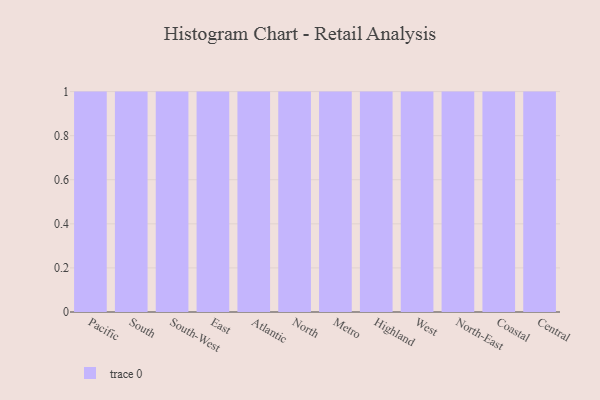
{"axis": {"x": "Region", "y": "Backlog"}, "legend": [""], "data": [{"x": "Pacific", "y": 40, "type": ""}, {"x": "South", "y": 93, "type": ""}, {"x": "South-West", "y": 36, "type": ""}, {"x": "East", "y": 1, "type": ""}, {"x": "Atlantic", "y": 18, "type": ""}, {"x": "North", "y": 58, "type": ""}, {"x": "Metro", "y": 94, "type": ""}, {"x": "Highland", "y": 48, "type": ""}, {"x": "West", "y": 44, "type": ""}, {"x": "North-East", "y": 15, "type": ""}, {"x": "Coastal", "y": 62, "type": ""}, {"x": "Central", "y": 11, "type": ""}]}